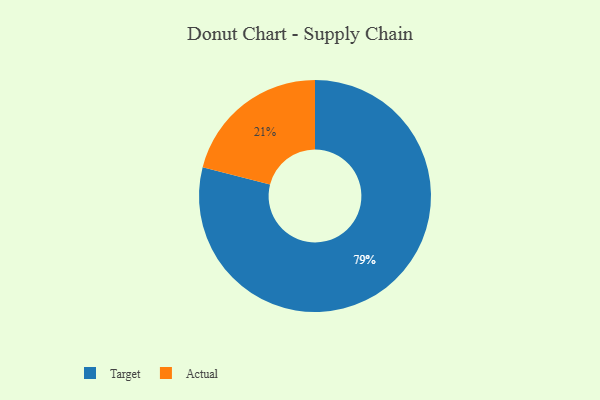
{"axis": {"x": "Category", "y": "Percentage"}, "legend": ["Actual", "Target"], "data": [{"x": "Actual", "y": 21, "type": "Actual"}, {"x": "Target", "y": 79, "type": "Target"}]}